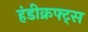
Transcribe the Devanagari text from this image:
हंडीक्रफ्ट्स